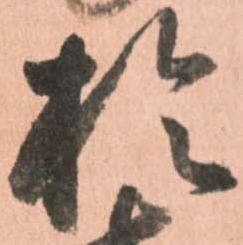
於